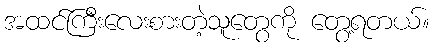
အထင်ကြီးလေးစားတဲ့သူတွေကို တွေ့ရတယ်။